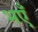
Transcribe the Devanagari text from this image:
भएँ